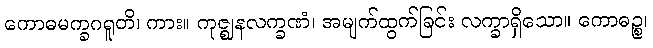
ကောဓမက္ခဂရူတိ၊ ကား။ ကုဇ္ဈနလက္ခဏံ၊ အမျက်ထွက်ခြင်း လက္ခာရှိသော။ ကောဓဉ္စ၊